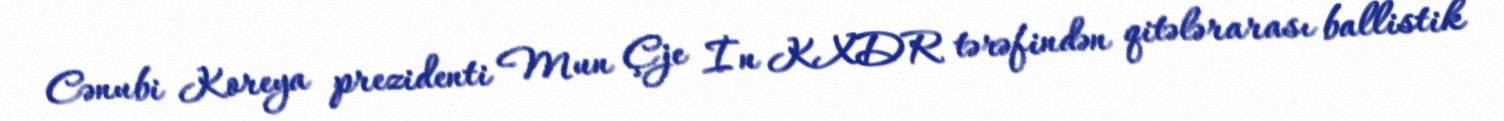
Cənubi Koreya prezidenti Mun Çje İn KXDR tərəfindən qitələrarası ballistik